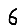
Digit: 6